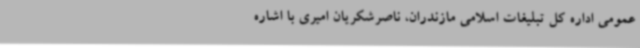
عمومی اداره کل تبلیغات اسلامی مازندران، ناصرشکریان امیری با اشاره